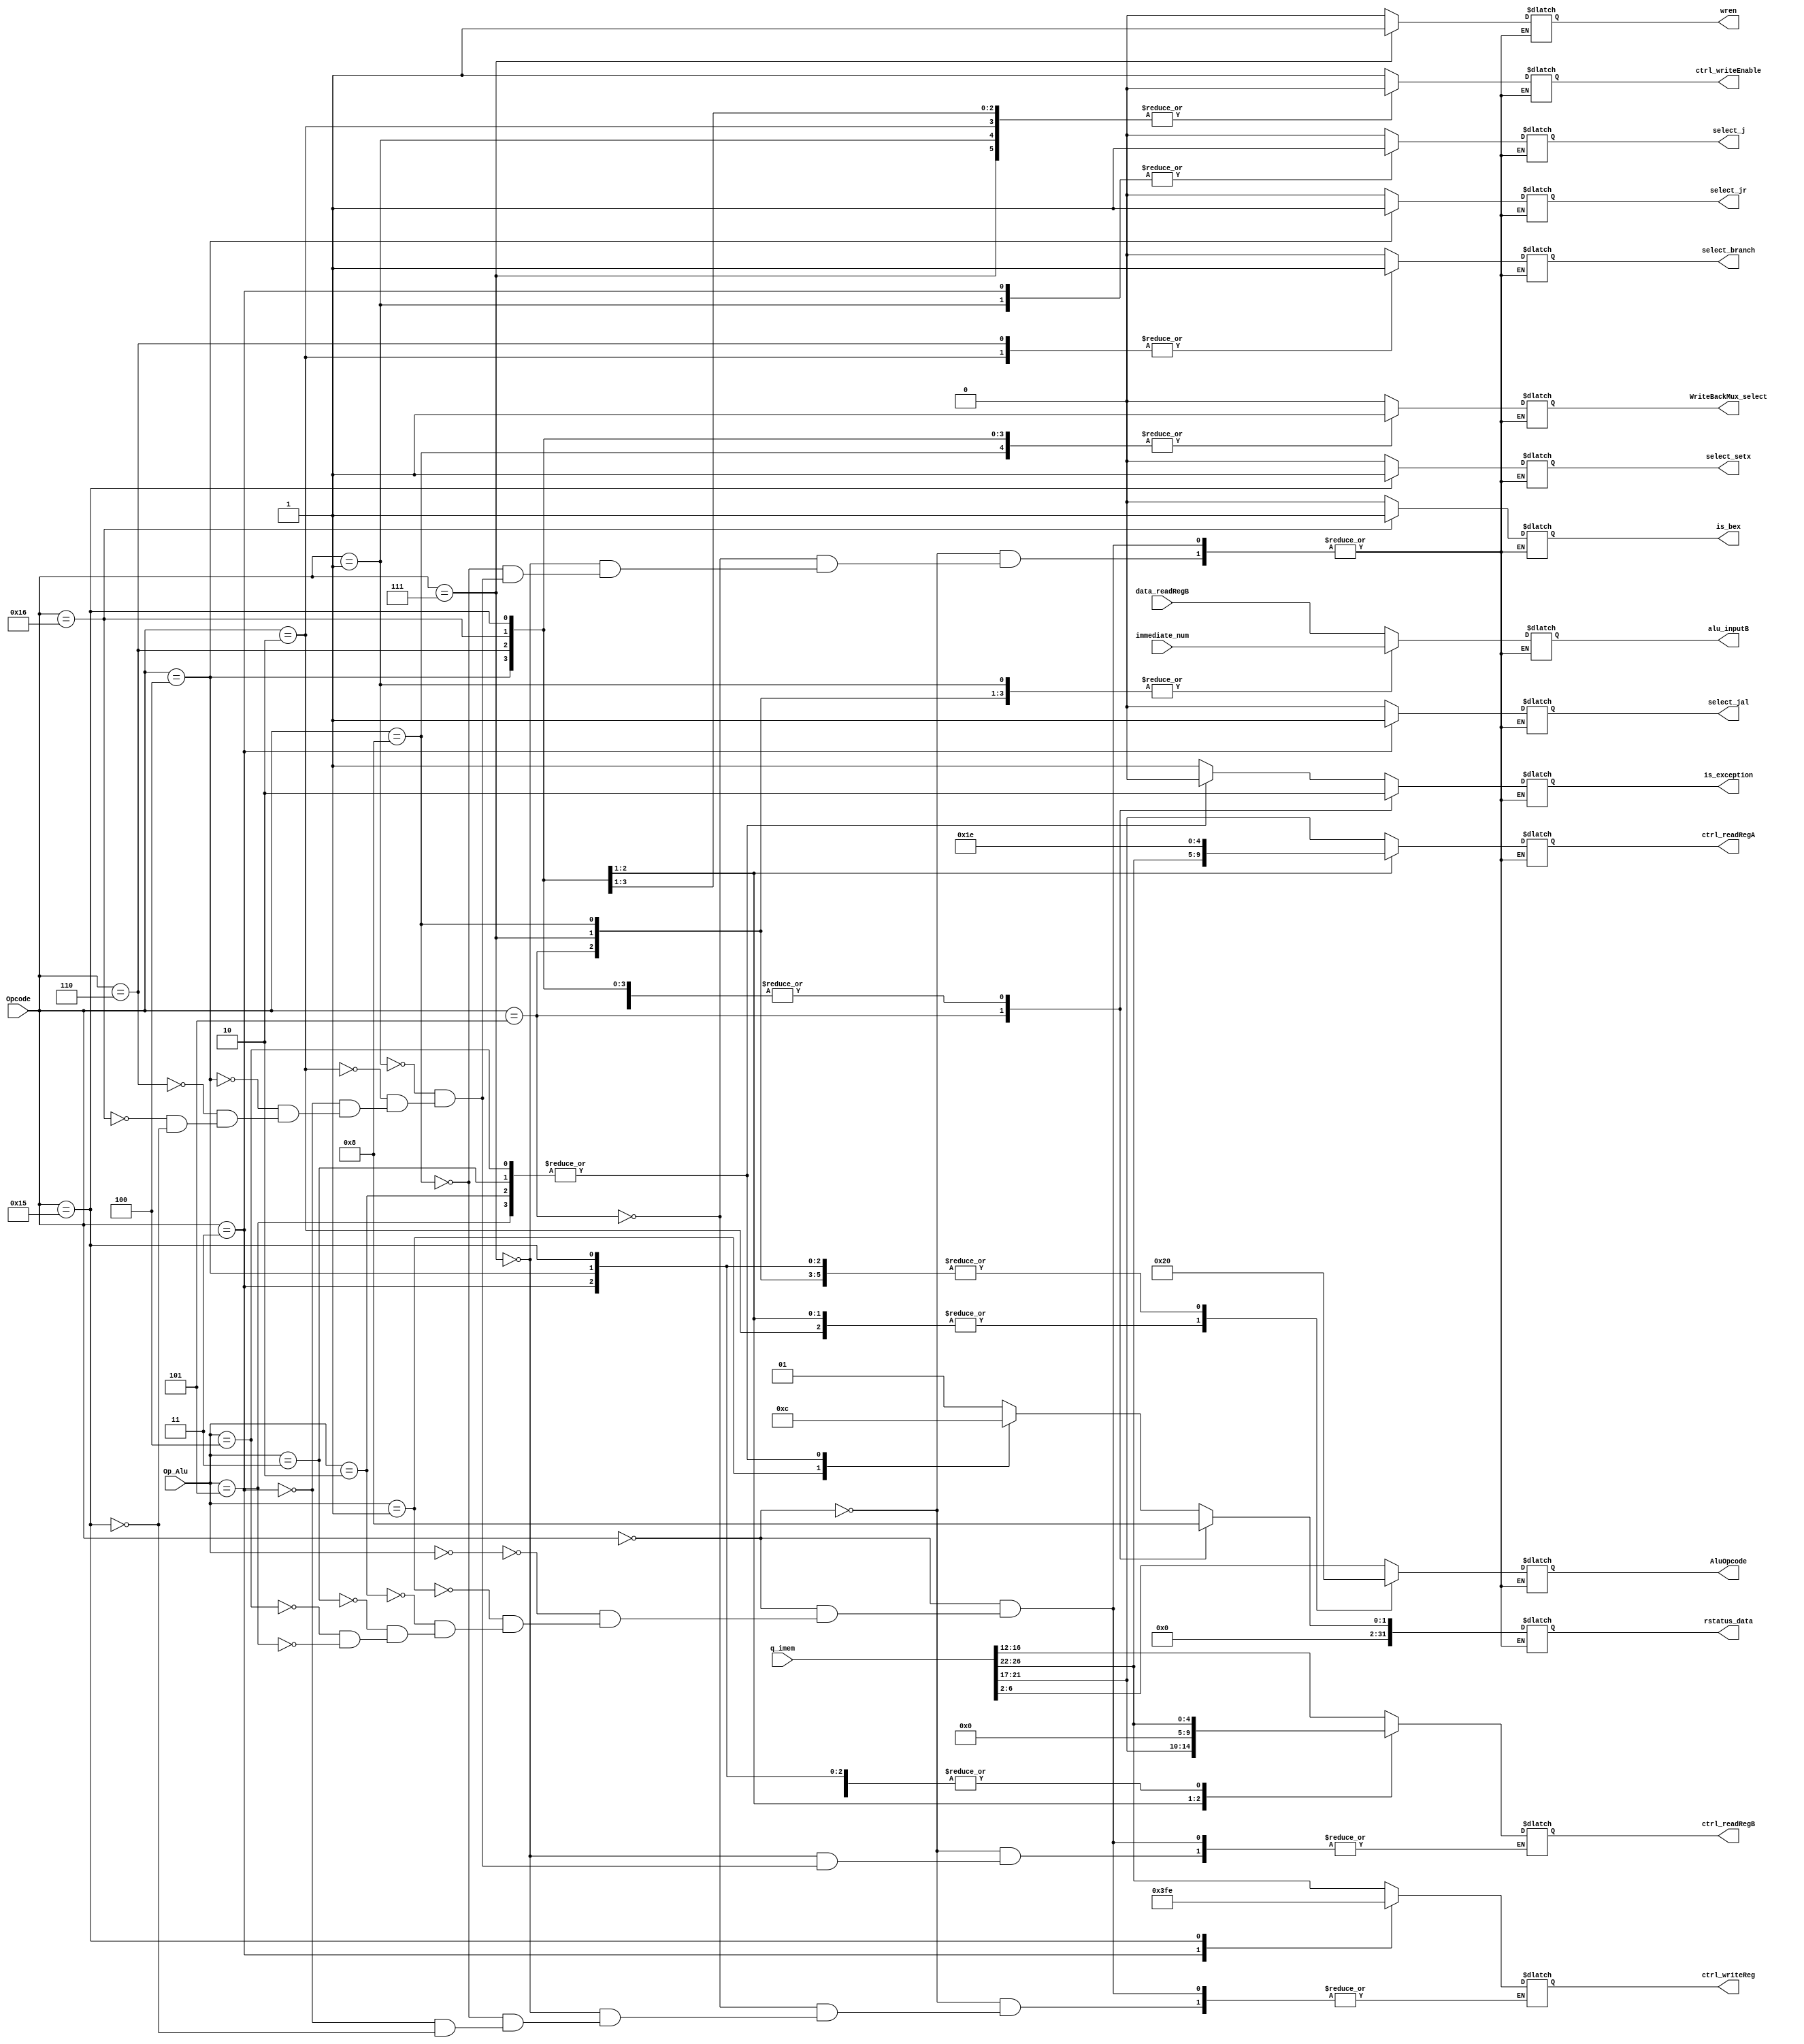
module control(
               
               input[31:0] q_imem,
               input [4:0]Opcode,
					input [4:0]Op_Alu,
					input [31:0]data_readRegB,
					input [31:0]immediate_num,
					output reg ctrl_writeEnable,
					output reg wren,
					output reg[31:0] alu_inputB,
               output reg WriteBackMux_select,
					output reg [4:0] AluOpcode,
					output reg[4:0] ctrl_writeReg,
					output reg[4:0] ctrl_readRegA,
					output reg[4:0] ctrl_readRegB,
				   output reg[31:0] rstatus_data,
					output reg select_jal,
		         output reg select_branch,
		         output reg select_j,
		         output reg select_jr,
		         output reg select_setx,
		         output reg is_bex,
					output reg is_exception
				);







always @(Opcode or Op_Alu) begin  //????

case(Opcode)
 
 5'b00000:begin
  case(Op_Alu) 
    5'b00000: begin//ADD
	 
	 ctrl_writeEnable=1;
	 wren = 0; //no need to use data memory
	 WriteBackMux_select=0; //use alu_output as write back data
    AluOpcode=q_imem[6:2];		
	 ctrl_writeReg=q_imem[26:22]; //$rd
    ctrl_readRegA=q_imem[21:17]; //$rs
    ctrl_readRegB=q_imem[16:12]; //Although $rt would be meaningless if it's a I-type instruction 
	 rstatus_data=32'd1;
	 alu_inputB=data_readRegB;
	 //PC related control bits
	 select_jal = 0;
	 select_branch = 0;
	 select_j = 0;
	 select_jr= 0;
	 select_setx = 0;
	 is_bex = 0;
	 is_exception=1;

   end
	
	5'b00001:begin//SUB
	 
	 ctrl_writeEnable=1;
	 wren = 0; //no need to use data memory
	 WriteBackMux_select=0;
    AluOpcode=q_imem[6:2];		
	 ctrl_writeReg=q_imem[26:22]; //$rd
    ctrl_readRegA=q_imem[21:17]; //$rs
    ctrl_readRegB=q_imem[16:12]; //Although $rt would be meaningless if it's a I-type instruction 
	 rstatus_data=32'd3;	 
	 alu_inputB=data_readRegB;
	 select_jal = 0;
	 select_branch = 0;
	 select_j = 0;
	 select_jr= 0;
	 select_setx = 0;
	 is_bex = 0;
	 is_exception=1;
   end
	
	
	5'b00010:begin//&
	
	 ctrl_writeEnable=1;
	 wren = 0; //no need to use data memory
	 WriteBackMux_select=0;
    AluOpcode=q_imem[6:2];		
	 ctrl_writeReg=q_imem[26:22]; //$rd
    ctrl_readRegA=q_imem[21:17]; //$rs
    ctrl_readRegB=q_imem[16:12]; //Although $rt would be meaningless if it's a I-type instruction 
	 rstatus_data=1'd0;
	 alu_inputB=data_readRegB;
	 //PC related control bits
	 select_jal = 0;
	 select_branch = 0;
	 select_j = 0;
	 select_jr= 0;
	 select_setx = 0;
	 is_bex = 0;	
	 is_exception=0;
	end
	
	
	5'b00011:begin//Instruction: A|B (A or B)
	
	 ctrl_writeEnable=1;
	 wren = 0; //no need to use data memory
	 WriteBackMux_select=0;
    AluOpcode=q_imem[6:2];		
	 ctrl_writeReg=q_imem[26:22]; //$rd
    ctrl_readRegA=q_imem[21:17]; //$rs
    ctrl_readRegB=q_imem[16:12]; //Although $rt would be meaningless if it's a I-type instruction 
	 rstatus_data=1'd0;
    alu_inputB=data_readRegB;
	 //PC related control bits
	 select_jal = 0;
	 select_branch = 0;
	 select_j = 0;
	 select_jr= 0;
	 select_setx = 0;
	 is_bex = 0; 
	 is_exception=0;
	end
	
	5'b 00100:begin//$rd=$rs<<shamt

	 ctrl_writeEnable=1;
	 wren = 0; //no need to use data memory
	 WriteBackMux_select=0;
    AluOpcode=q_imem[6:2];		
	 ctrl_writeReg=q_imem[26:22]; //$rd
    ctrl_readRegA=q_imem[21:17]; //$rs
    ctrl_readRegB=q_imem[16:12]; //Although $rt would be meaningless if it's a I-type instruction 
	 rstatus_data=1'd0;
	 alu_inputB=data_readRegB;
	 //PC related control bits
	 select_jal = 0;
	 select_branch = 0;
	 select_j = 0;
	 select_jr= 0;
	 select_setx = 0;
	 is_bex = 0;
	is_exception=0; 
	end
	
	5'b 00101:begin//$rd=$rs>>>shamt

    ctrl_writeEnable=1;
	 wren = 0; //no need to use data memory
	 WriteBackMux_select=0;
    AluOpcode=q_imem[6:2];		
	  ctrl_writeReg=q_imem[26:22]; //$rd
     ctrl_readRegA=q_imem[21:17]; //$rs
     ctrl_readRegB=q_imem[16:12]; //Although $rt would be meaningless if it's a I-type instruction 
	  rstatus_data=1'd0;
     alu_inputB=data_readRegB;
	 //PC related control bits
	 select_jal = 0;
	 select_branch = 0;
	 select_j = 0;
	 select_jr= 0;
	 select_setx = 0;
	 is_bex = 0;
	 is_exception=0;
	end
	
	endcase
	end
	
	
	
	5'b00101:begin//addi
	
	 ctrl_writeEnable=1;
	 wren = 0; //no need to use data memory
	 WriteBackMux_select<=0;
    AluOpcode=5'b00000;	
	 ctrl_writeReg=q_imem[26:22]; //$rd
    ctrl_readRegA=q_imem[21:17];//$rs
	 rstatus_data=32'd2;
	 alu_inputB=immediate_num;
	 //PC related control bits
	 select_jal = 0;
	 select_branch = 0;
	 select_j = 0;
	 select_jr= 0;
	 select_setx = 0;
	 is_bex = 0;
	 is_exception=1;
	end
	
	5'b00111:begin//sw:MEM[$rs+N]=$rd
	 ctrl_writeEnable=0;
	 wren = 1; // need to use data memory
	 WriteBackMux_select=0; //although 0 or 1 doesn't matter because we disabled write-to-regi-file
    AluOpcode=5'b00000;	
	 ctrl_writeReg=q_imem[26:22]; //$rd but doesn't matter because we disabled write-to-regi-file
    ctrl_readRegA=q_imem[21:17]; //$rs
    ctrl_readRegB=q_imem[26:22]; //$rd
	 rstatus_data=1'd0;
	 alu_inputB=immediate_num;
	 //PC related control bits
	 select_jal = 0;
	 select_branch = 0;
	 select_j = 0;
	 select_jr= 0;
	 select_setx = 0;
	 is_bex = 0;
	 is_exception=0;
	
	end
	
	5'b01000:begin//lw:$rd=MEM[$rs+N]
	
	 ctrl_writeEnable=1;
	 wren = 0; //no need to write to data memory
	 WriteBackMux_select=1; //data flows from d-mem to reg-file
    AluOpcode=5'b00000;	
    ctrl_readRegA=q_imem[21:17]; //$rs
    ctrl_writeReg=q_imem[26:22]; //$rd
	 rstatus_data=1'd0;
    alu_inputB=immediate_num;
	 //PC related control bits
	 select_jal = 0;
	 select_branch = 0;
	 select_j = 0;
	 select_jr= 0;
	 select_setx = 0;
	 is_bex = 0;
    is_exception=0;	 
	end
	
	5'b00001:begin//j T:PC = T 
	
	 ctrl_writeEnable=0;
	 wren = 0; //no need to use data memory
	 WriteBackMux_select=0; //although 0 or 1 doesn't matter because we disabled write-to-regi-file
    AluOpcode=q_imem[6:2];
    ctrl_readRegA=q_imem[21:17]; //$rs
    ctrl_readRegB=q_imem[26:22]; //$rd
	 rstatus_data=1'd0;
	 alu_inputB=immediate_num;
	 //PC related control bits
	 select_jal = 0;
	 select_branch = 0;
	 select_j = 1;
	 select_jr= 0;
	 select_setx = 0;
	 is_bex = 0	 ;
	 is_exception=0;
	end

	5'b00010:begin//bne $rd, $rs, N 
	 ctrl_writeEnable=0;
	 wren = 0; //no need to use data memory
	 WriteBackMux_select=0; //although 0 or 1 doesn't matter because we disabled write-to-regi-file
    AluOpcode=5'b00001; //Alu_result = $rs - $rd
    ctrl_readRegA=q_imem[21:17]; //$rs
    ctrl_readRegB=q_imem[26:22]; //$rd
	 rstatus_data=1'd0;
	 alu_inputB=data_readRegB;
	 //PC related control bits
	 select_jal = 0;
	 select_branch = 1;
	 select_j = 0;
	 select_jr= 0;
	 select_setx = 0;
	 is_bex = 0;
	 is_exception=0;
	end
	
	5'b00011:begin//jal T: $r31 = PC + 1; PC = T  
	
	 ctrl_writeEnable=1;
	 wren = 0; //no need to use data memory
	 WriteBackMux_select=0; // write-to-regi-file
    AluOpcode=5'b00000; //doesn't matter
	 ctrl_writeReg=5'b11111; //need to write to $31
    ctrl_readRegA=q_imem[21:17]; //$rs
    ctrl_readRegB=q_imem[26:22]; //$rd
	 rstatus_data=1'd0;
	 alu_inputB=data_readRegB;
	 //PC related control bits
	 select_jal = 1;
	 select_branch = 0;
	 select_j = 1;
	 select_jr= 0;
	 select_setx = 0;
	 is_bex = 0	 ;
	 is_exception=0;
	end
	
	5'b00100:begin//jr $rd: PC = $rd 
	
	 ctrl_writeEnable=0;
	 wren = 0; //no need to use data memory
	 WriteBackMux_select=1; //although 0 or 1 doesn't matter because we disabled write-to-regi-file
    AluOpcode=5'b00000; //doesn't matter
    ctrl_readRegA=q_imem[21:17]; //$rs
    ctrl_readRegB=q_imem[26:22]; //$rd
	 rstatus_data=1'd0;
	 alu_inputB=data_readRegB; //doesn't matter
	 //PC related control bits
	 select_jal = 0;
	 select_branch = 0;
	 select_j = 0;
	 select_jr= 1;
	 select_setx = 0;
	 is_bex = 0	 ;
	 is_exception=0;
	end
	
	5'b00110:begin//blt $rd, $rs, N : if ($rs - $rd >0), PC = PC +1 +N 
	
	 ctrl_writeEnable=0;
	 wren = 0; //no need to use data memory
	 WriteBackMux_select=1; //although 0 or 1 doesn't matter because we disabled write-to-regi-file
    AluOpcode=5'b00001; //do $rs - $rd
    ctrl_readRegA=q_imem[26:22]; //$rd
    ctrl_readRegB=q_imem[21:17]; //$rs
	 rstatus_data=1'd0;
	 alu_inputB=data_readRegB;
	 //PC related control bits
	 select_jal = 0;
	 select_branch = 1;
	 select_j = 0;
	 select_jr= 0;
	 select_setx = 0;
	 is_bex = 0	 ;
	 is_exception=0;
	end

	
	5'b10110:begin//bex T : if($rstatus !=0 ), PC = T 
	
	 ctrl_writeEnable=0;
	 wren = 0; //no need to use data memory
	 WriteBackMux_select=1; //although 0 or 1 doesn't matter because we disabled write-to-regi-file
    AluOpcode=5'b00001; //do $rstatus - $r0
    ctrl_readRegA=5'b11110; //$r30
    ctrl_readRegB=5'b00000; //$r0
	 rstatus_data=1'd0;
	 alu_inputB=data_readRegB;
	 //PC related control bits
	 select_jal = 0;
	 select_branch = 0;//not blt or bne
	 select_j = 0;
	 select_jr= 0;
	 select_setx = 0;
	 is_bex = 1	 ;
	 is_exception=0;
	end
		
	5'b10101:begin//setx T: $rstatus = T
	
	 ctrl_writeEnable=1;
	 wren = 0; //no need to use data memory
	 WriteBackMux_select=1; // doesn't matter 
    AluOpcode=5'b00000; //doesn't matter
	 ctrl_writeReg=5'b11110; //need to write to $30
    ctrl_readRegA=q_imem[21:17]; //$rs,doesn't matter
    ctrl_readRegB=q_imem[26:22]; //$rd,doesn't matter
	 rstatus_data=1'd0;
	 alu_inputB=data_readRegB;
	 //PC related control bits
	 select_jal = 0;
	 select_branch = 0;//not blt or bne
	 select_j = 0;
	 select_jr= 0;
	 select_setx = 1;
	 is_bex = 0	 ;
	 is_exception=0;
	end
	
	
  endcase
  

  
  
 end


endmodule